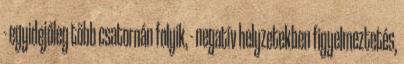
- egyidejőleg több csatornán folyik, - negatív helyzetekben figyelmeztetés,